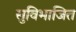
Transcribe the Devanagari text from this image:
सुविभाजित